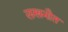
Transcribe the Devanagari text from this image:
लखनौत